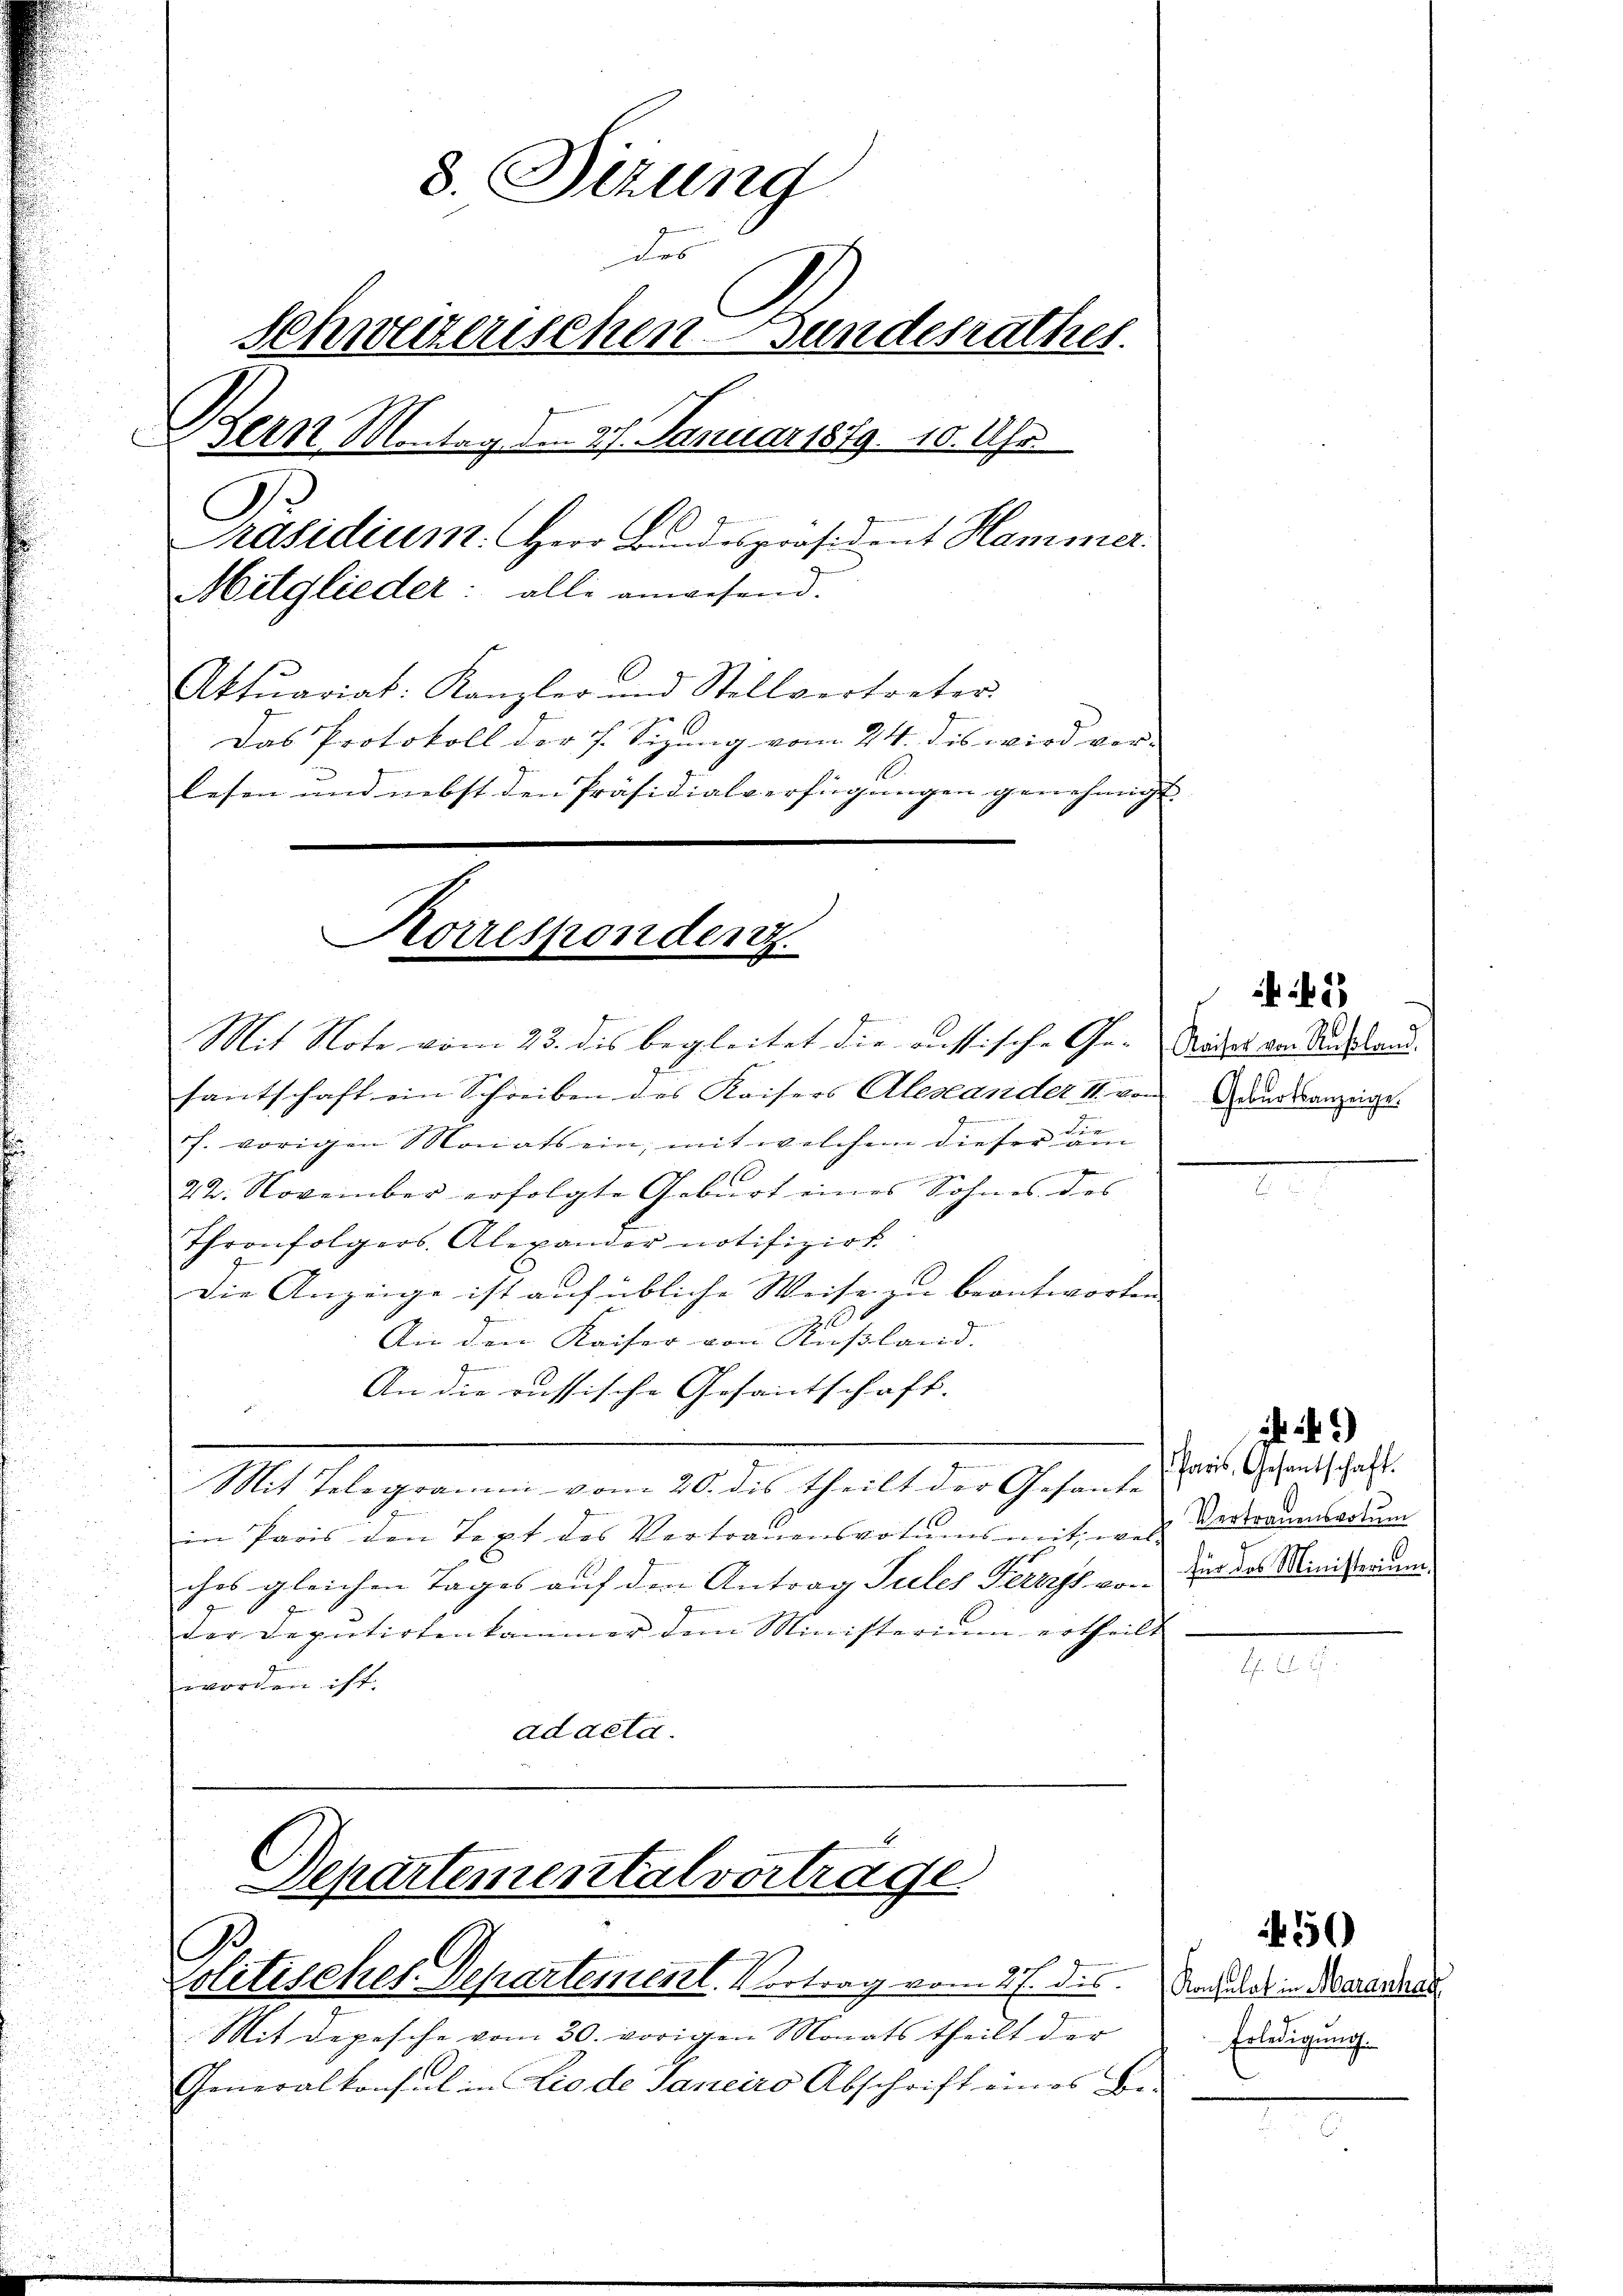
Mit Note vom 23. des begleitet die russische Ge-Nidat von Ausland
santschaft ein Schreiben des Kaisers Alexander II. von Geburtsanzeige.
f. vorigen Monats ein, mit welchem dieser am
212.
22. November erfolgte Geburt eines Sohnes des
Thronfolgers. Alexander notifizirt.
Die Anzeige ist auf übliche Weise zu beantworten
Ann den Kaiser von Rußland.
An die russische Gesamtschaft. |
Mit Telegramm vom 20. des theilt der Gesande
in Paris den Text des Vertrauensvotums mit, wel-
ches gleichen Tages auf den Antrag Tules Fernes von
7
der Deputirtenkammer dem Ministerium ertheilt
worden ist.
ad acta.

3. Sitzung
e
Schweizerischen Bundesrathes.
gern Montag den 27. Januar 1879. 10. Uhr
Präsidium. Herr Bandespräsident Hammer.
Mitglieder: alle anwesend.
Aktuariat. Kanzler und Stellvertreter
Das Protokoll der 7. Sizung vom 24. dis wird ver-
lesen und nebst den Präsidialverfügungen genehmigt.

Korrespondenz.

Separtementalvertrage
G
Colitisches Departement. Vortrag vom 27. ds.

Mit depesche vom 30. vorigen Monats theilt der
Generalkonsul in Lio de Janeiro Abschrift eines Be-

2

Paris, Gesantschaft.
Vertrauensvotum
für das Ministerium

89)

Konsulat in Marenhau
Erledigung.

556